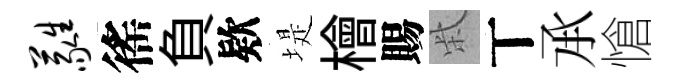
蕤徭負欵堤檜賜柴丅𠄘愴